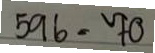
596 = 70